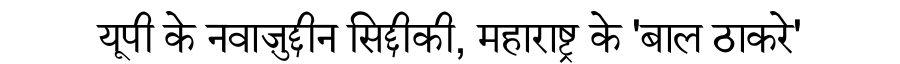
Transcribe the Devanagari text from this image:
यूपी के नवाज़ुद्दीन सिद्दीकी, महाराष्ट्र के 'बाल ठाकरे'